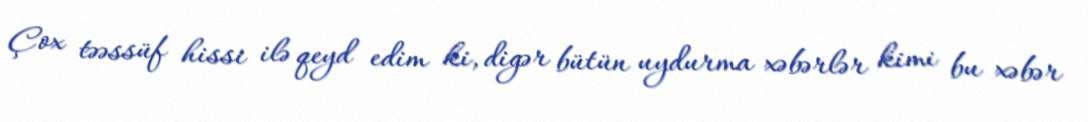
Çox təəssüf hissi ilə qeyd edim ki, digər bütün uydurma xəbərlər kimi bu xəbər